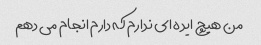
من هیچ ایده ای ندارم که دارم انجام می دهم